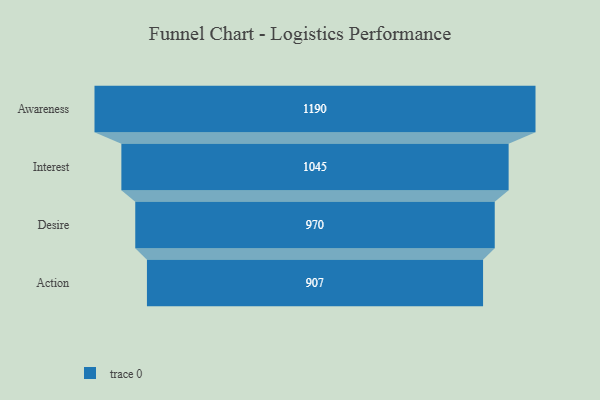
{"axis": {"x": "Stage", "y": "Value"}, "legend": [""], "data": [{"x": "Awareness", "y": 1190.0, "type": ""}, {"x": "Interest", "y": 1045.0, "type": ""}, {"x": "Desire", "y": 970.0, "type": ""}, {"x": "Action", "y": 907.0, "type": ""}]}